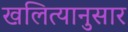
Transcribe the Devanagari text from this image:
खलित्यानुसार